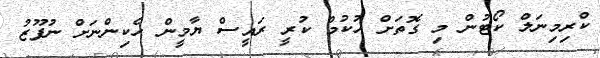
ކްރިމިނަލް ކޯޓުން މި ގޮތަށް ހުކުމް ކުރީ ރައީސް ޔާމީން ހެކިންނަށް ނުފޫޒު